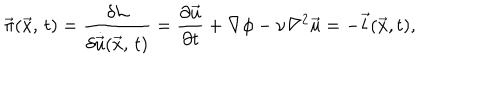
\vec { \pi } ( \vec { x } , \, t ) = { \frac { \delta { \cal L } } { { \delta \dot { \vec { u } } } ( \vec { x } , \, t ) } } = { \frac { \partial \vec { u } } { \partial t } } + \nabla \phi - \nu \nabla ^ { 2 } \vec { u } = - \vec { l } ( \vec { x } , t ) ,